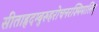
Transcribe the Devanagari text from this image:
सीताहृदम्बुरुहरोचनरश्मिमालिन्